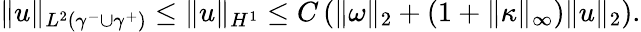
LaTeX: \begin{array}{r}{\| u\| _{L^{2}(\gamma^{-}\cup\gamma^{+})}\leq\| u\| _{H^{1}}\leq C\left(\| \omega\| _{2}+(1+\| \kappa\| _{\infty})\| u\| _{2}\right).}\end{array}